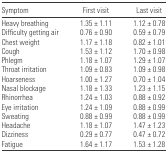
<table><thead><tr><td><b>Symptom</b></td><td><b>First visit</b></td><td><b>Last visit</b></td></tr></thead><tbody><tr><td>Heavy breathing</td><td>1.35 ± 1.11</td><td>1.12 ± 0.78</td></tr><tr><td>Difficulty getting air</td><td>0.76 ± 0.90</td><td>0.59 ± 0.79</td></tr><tr><td>Chest weight</td><td>1.17 ± 1.18</td><td>0.82 ± 1.01</td></tr><tr><td>Cough</td><td>1.53 ± 1.12</td><td>1.70 ± 0.98</td></tr><tr><td>Phlegm</td><td>1.18 ± 1.07</td><td>1.29 ± 1.07</td></tr><tr><td>Throat irritation</td><td>1.09 ± 0.83</td><td>1.09 ± 0.98</td></tr><tr><td>Hoarseness</td><td>1.00 ± 1.27</td><td>0.70 ± 1.04</td></tr><tr><td>Nasal blockage</td><td>1.18 ± 1.33</td><td>1.23 ± 1.15</td></tr><tr><td>Rhinorrhea</td><td>1.24 ± 1.03</td><td>0.88 ± 0.92</td></tr><tr><td>Eye irritation</td><td>1.24 ± 1.09</td><td>0.88 ± 0.99</td></tr><tr><td>Sweating</td><td>0.88 ± 0.99</td><td>0.88 ± 0.99</td></tr><tr><td>Headache</td><td>1.18 ± 1.07</td><td>1.47 ± 1.23</td></tr><tr><td>Dizziness</td><td>0.29 ± 0.77</td><td>0.47 ± 0.72</td></tr><tr><td>Fatigue</td><td>1.64 ± 1.17</td><td>1.53 ± 1.28</td></tr></tbody></table>